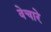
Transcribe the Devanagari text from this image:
वेचारे